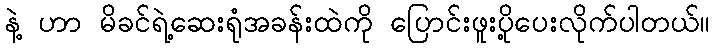
နဲ့ ဟာ မိခင်ရဲ့ဆေးရုံအခန်းထဲကို ပြောင်းဖူးပို့ပေးလိုက်ပါတယ်။